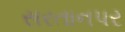
સરતાનપર